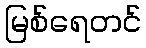
မြစ်ရေတင်